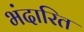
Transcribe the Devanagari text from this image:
भंदारित